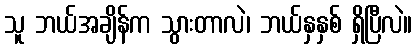
သူ ဘယ်အချိန်က သွားတာလဲ၊ ဘယ်နှနှစ် ရှိပြီလဲ။